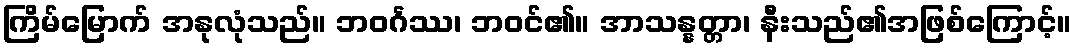
ကြိမ်မြောက် အနုလုံသည်။ ဘဝင်္ဂဿ၊ ဘဝင်၏။ အာသန္နတ္တာ၊ နီးသည်၏အဖြစ်ကြောင့်။